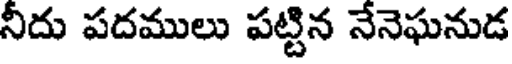
నీదు పదములు పట్టిన నేనెఘనుడ